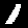
Label: 1